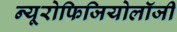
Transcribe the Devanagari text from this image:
न्यूरोफिजियोलॉजी